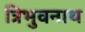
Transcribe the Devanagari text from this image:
त्रिभुवनाथ